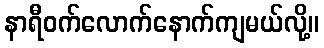
နာရီဝက်လောက်နောက်ကျမယ်လို့။